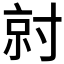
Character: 𡬱